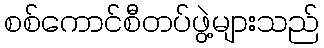
စစ်ကောင်စီတပ်ဖွဲ့များသည်